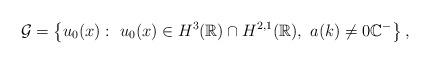
LaTeX: \begin{align*}\mathcal{G}=\left\lbrace u_0(x): \ u_0(x) \in H^{3}(\mathbb{R} )\cap H^{2,1}(\mathbb{R} ),\ a(k) \neq 0 \mathbb{C}^-\right\rbrace,\end{align*}